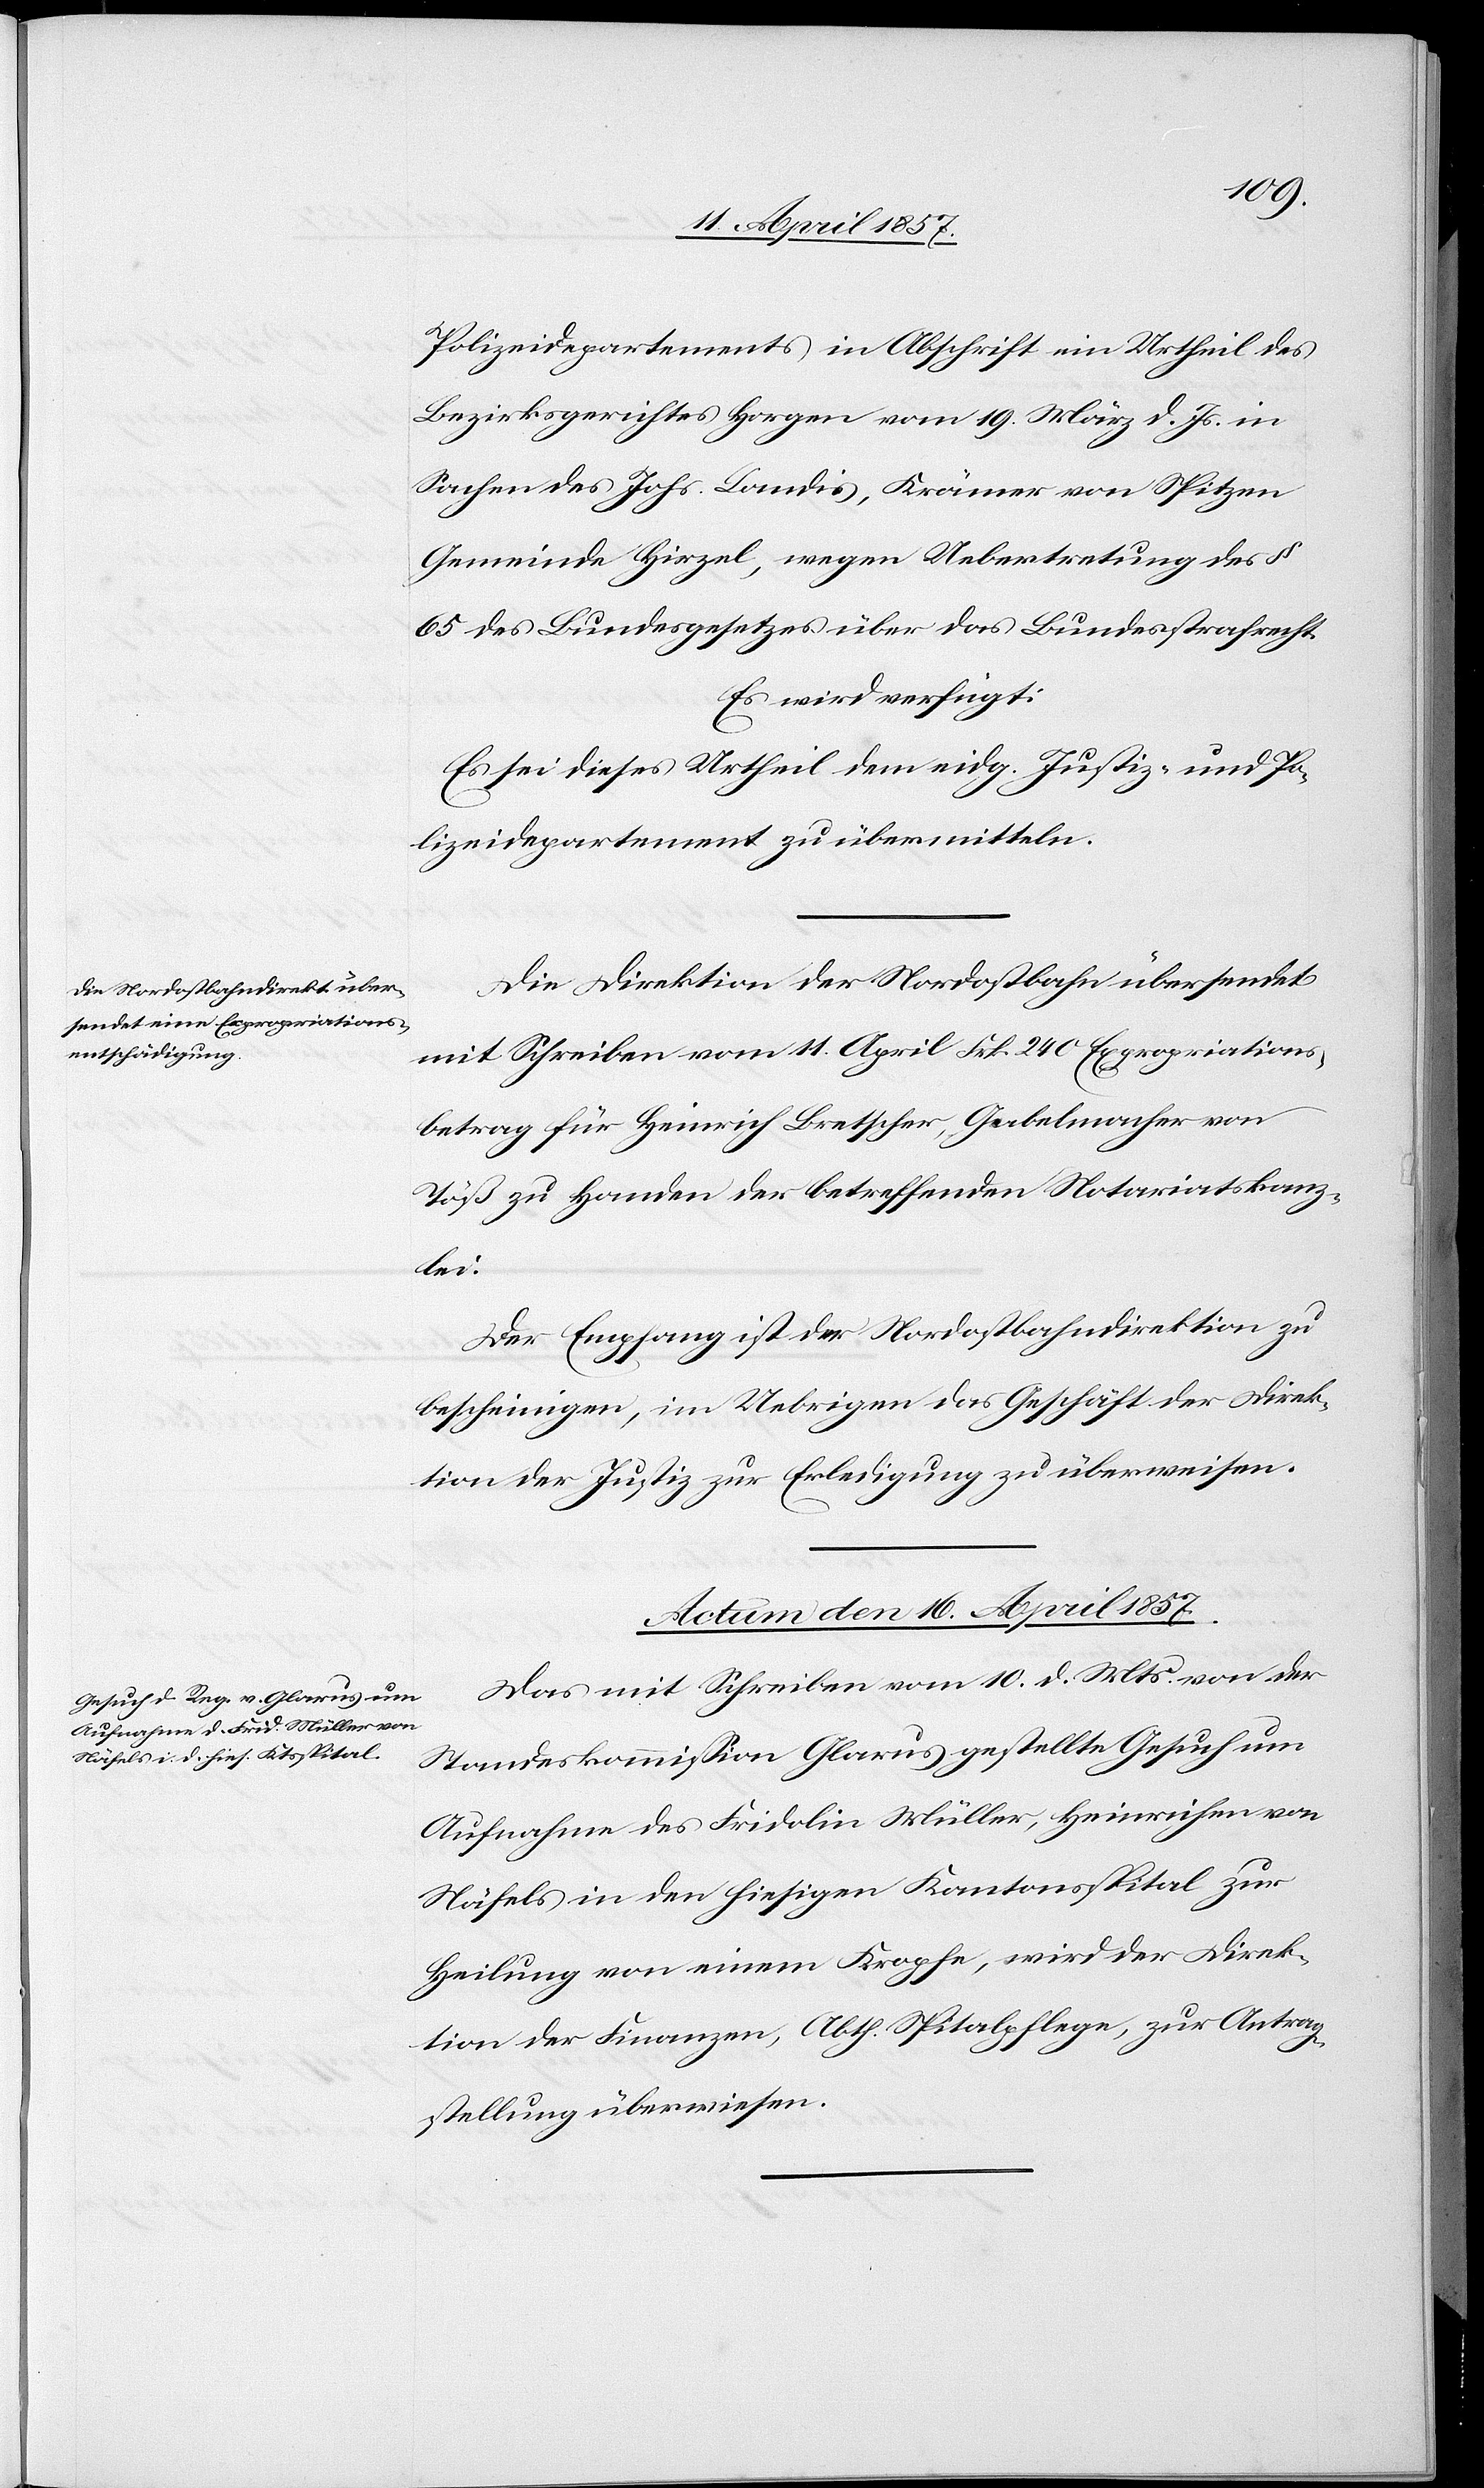
Polizeidepartements in Abschrift ein Urtheil des
Bezirksgerichtes Horgen vom 19. März d. Js. in
Sachen des Johs. Landis, Krämer von Spitzen
Gemeinde Hirzel, wegen Uebertretung des §
65 des Bundesgesetzes über das Bundesstrafrecht.
Es wird verfügt:
Es sei dieses Urtheil dem eidg. Justiz- und Po¬
lizeidepartement zu übermitteln.
Die Direktion der Nordostbahn übersendet
mit Schreiben vom 11. April Frk. 240 Expropriations¬
betrag für Heinrich Bretscher, Gabelmacher von
Töß zu Handen der betreffenden Notariatskanz¬
lei.
Der Empfang ist der Nordostbahndirektion zu
bescheinigen, im Uebrigen das Geschäft der Direk¬
tion der Justiz zur Erledigung zu überweisen.
Actum den 16. April 1857.
Das mit Schreiben vom 10. d. Mts. von der
Standeskommission Glarus gestellte Gesuch um
Aufnahme des Fridolin Müller, Heinrichen von
Näfels in den hiesigen Kantonsspital zur
Heilung von einem Kropfe, wird der Direk¬
tion der Finanzen, Abth. Spitalpflege, zur Antrag¬
stellung überwiesen.